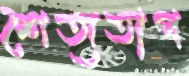
শৈত্যতাপ